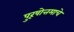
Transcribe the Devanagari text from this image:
पुरूषोत्तमाचे